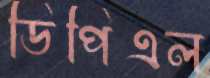
ডিপিএল